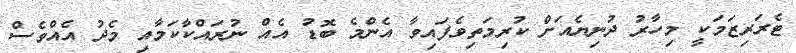
ޓެރަރިޒަމަކީ މިހާރު ދުނިޔެއަށް ކުރިމަތިވެެފައިވާ އެންމެ ބޮޑު އެއް ނުރައްކާކަމާއި މެދު އެއްވެސް